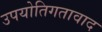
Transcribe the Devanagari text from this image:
उपयोतिगतावाद